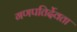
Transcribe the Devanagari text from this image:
गणपतिर्देवता